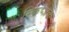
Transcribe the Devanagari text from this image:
स्किप्जेक